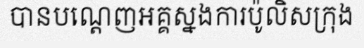
បានបណ្តេញអគ្គស្នងការប៉ូលិសក្រុង